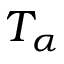
T _ { \alpha }